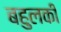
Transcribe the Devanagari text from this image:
बहुलकी